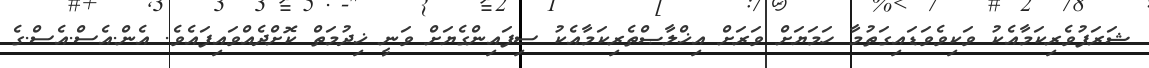
ޝަރަފުވެރިކަމާއެކު ވަކިވެވަޑައިގަތުމާ ހަމަޔަށް ވަރަށް އިޚްލާޞްތެރިކަމާއެކު ސިފައިންގެޔަށް ވަނީ ޚިދުމަތް ކޮށްދެއްވައިފައެވެ. އެން.އެސް.އެސް.ގެ